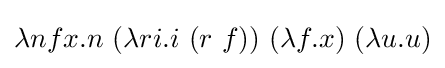
\lambda nfx.n\ (\lambda ri.i\ (r\ f))\ (\lambda f.x)\ (\lambda u.u)